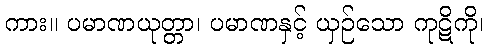
ကား။ ပမာဏယုတ္တာ၊ ပမာဏနှင့် ယှဉ်သော ကုဋိကို၊